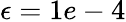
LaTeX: \epsilon=1e-4